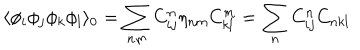
LaTeX: \langle \phi _ { i } \phi _ { j } \phi _ { k } \phi _ { l } \rangle _ { 0 } = \sum _ { n m } C _ { i j } ^ { n } \eta _ { n m } C _ { k l } ^ { m } = \sum _ { n } C _ { i j } ^ { n } C _ { n k l }